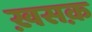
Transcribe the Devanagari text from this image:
ख़सक़